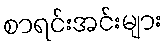
စာရင်းအင်းများ